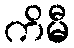
ကိမီ